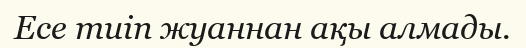
Есе тиіп жуаннан ақы алмады.